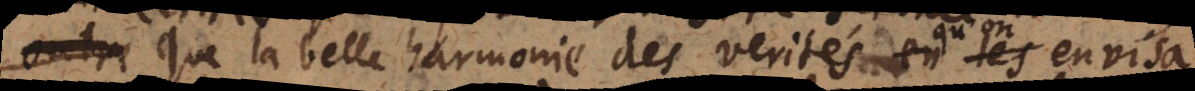
que la belle harmonie des verités qu’on envisage